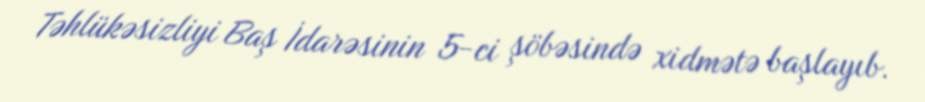
Təhlükəsizliyi Baş İdarəsinin 5-ci şöbəsində xidmətə başlayıb.